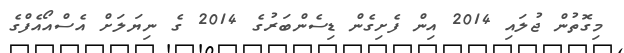
މިގޮތުން ޖުލައި 2014 އިން ފެށިގެން ޑިސެންބަރުގެ 2014 ގެ ނިޔަލަށް އެސްއޯއެފްގެ